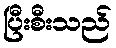
ပြီးစီးသည်